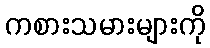
ကစားသမားများကို